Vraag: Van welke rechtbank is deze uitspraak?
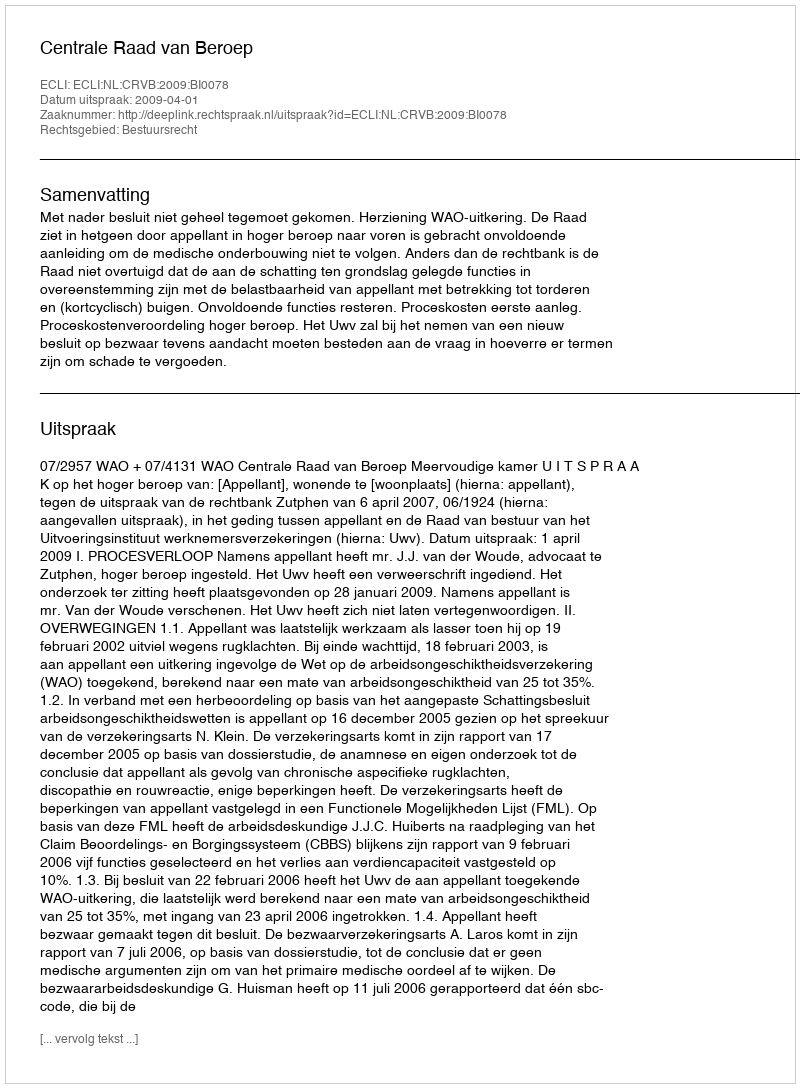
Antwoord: Centrale Raad van Beroep